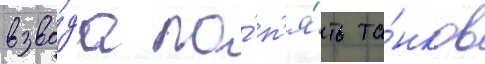
взво́да по́ п'я́ть та́нков